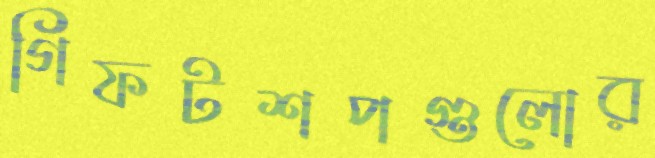
গিফটশপগুলোর